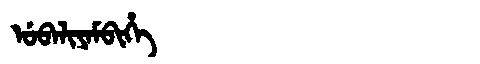
Manchu: ᡠᠪᠠᠯᡳᠶᠠᠮᠪᡳᡥᡝ
Romanization: UBALIYAMBIHE